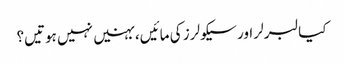
کیا لبرلر اور سیکولرز کی مائیں، بہنیں نہیں ہوتیں؟